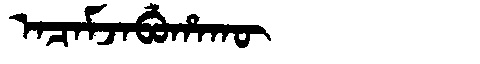
Manchu: ᠠᠴᠠᠮᠵᠠᠪᡠᡥᠠᡴᡡ
Romanization: ACAMJABUHAKŪ